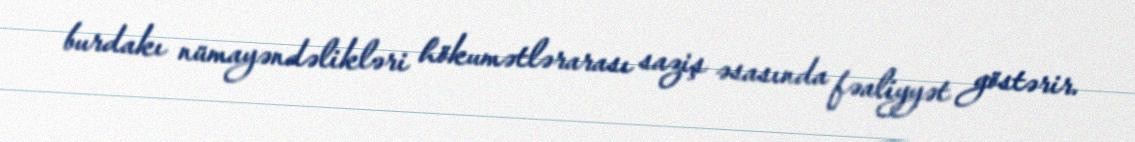
burdakı nümayəndəlikləri hökumətlərarası saziş əsasında fəaliyyət göstərir.